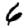
Digit: 6